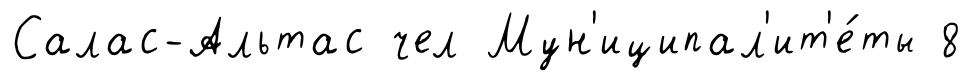
Салас-Альтас чел Мун'иципал'ит'е́ты 8